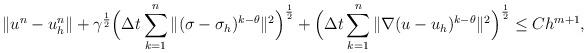
LaTeX: \begin{align*}\|u^n-u_h^{n}\|+\gamma^{\frac12}\Big{(}\Delta t\sum_{k=1}^n\|(\sigma-\sigma_h)^{k-\theta}\|^2\Big{)}^{\frac12}+\Big{(}\Delta t\sum_{k=1}^n\|\nabla (u-u_{h})^{k-\theta}\|^2\Big{)}^{\frac12}\leq Ch^{m+1},\end{align*}